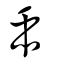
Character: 臿